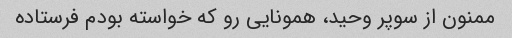
ممنون از سوپر وحید، همونایی رو که خواسته بودم فرستاده